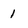
Character: 1